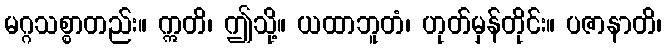
မဂ္ဂသစ္စာတည်း။ ဣတိ၊ ဤသို့။ ယထာဘူတံ၊ ဟုတ်မှန်တိုင်း။ ပဇာနာတိ၊